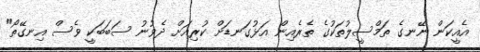
އެއީކަން ނޭނގެ ތަމްސީލުތަކުގެ ތެރެއިން އަޅުގަނޑަށް ކުރިއަށް ދެވުނު ސަބަބަކީ ވެސް އިނގޭތޯ"